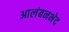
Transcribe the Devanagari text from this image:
आलंबनभेद